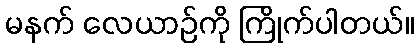
မနက် လေယာဉ်ကို ကြိုက်ပါတယ်။